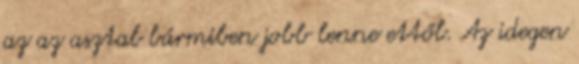
az az asztal bármiben jobb lenne ettől. Az idegen